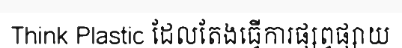
Think Plastic ដែលតែងធ្វើការផ្សព្វផ្សាយ